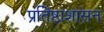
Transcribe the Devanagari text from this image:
प्रतिष्ठाशासन